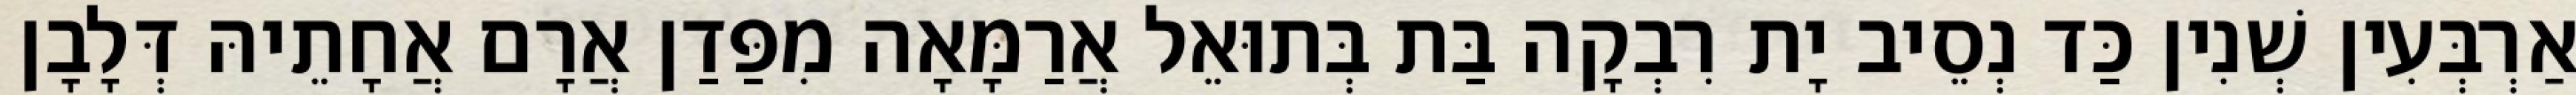
אַרְבְּעִין שְׁנִין כַּד נְסֵיב יָת רִבְקָה בַּת בְּתוּאֵל אֲרַמָּאָה מִפַּדַן אֲרָם אֲחָתֵיהּ דְּלָבָן